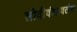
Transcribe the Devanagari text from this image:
लोदीवंशावतंस